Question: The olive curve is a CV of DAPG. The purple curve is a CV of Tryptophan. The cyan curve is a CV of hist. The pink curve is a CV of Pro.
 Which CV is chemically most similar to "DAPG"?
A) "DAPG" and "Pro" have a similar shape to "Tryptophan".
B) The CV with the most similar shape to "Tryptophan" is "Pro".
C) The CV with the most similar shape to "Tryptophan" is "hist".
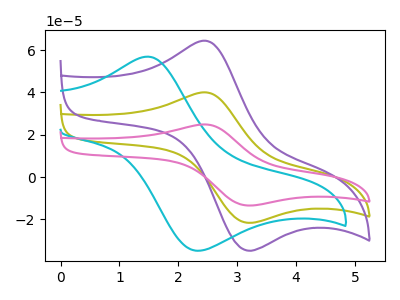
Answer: <think>The olive curve "DAPG" has an anodic peak at (2.45V, 40.05uA) and a cathodic peak at (3.15V, -21.35uA). The purple curve "Tryptophan" has an anodic peak at (2.45V, 64.45uA) and a cathodic peak at (3.15V, -34.35uA). The cyan curve "hist" has an anodic peak at (1.50V, 56.90uA) and a cathodic peak at (2.30V, -34.75uA). The pink curve "Pro" has an anodic peak at (2.45V, 80.15uA) and a cathodic peak at (3.15V, -42.70uA).
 All the peaks in "DAPG" have a peak in "Tryptophan" at the same potential. Every peak in "DAPG" is lower than every peak in "Tryptophan". "DAPG" and "hist" have at least one peak that do not match. All the peaks in "DAPG" have a peak in "Pro" at the same potential. Every peak in "DAPG" is lower than every peak in "Pro". "Tryptophan" and "hist" have at least one peak that do not match. All the peaks in "Tryptophan" have a peak in "Pro" at the same potential. Every peak in "Tryptophan" is lower than every peak in "Pro". "hist" and "Pro" have at least one peak that do not match.</think>
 <answer>A) "DAPG" and "Pro" have a similar shape to "Tryptophan".</answer>
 <eval>A</eval>